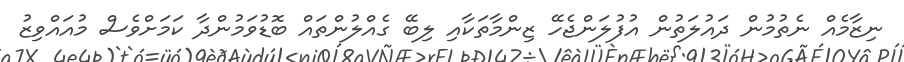
ނިޒާމެއް ނެތުމުން ދައުލަތުން އުފުލަންޖެހޭ ޒިންމާތަކާއި ލިބޭ ގެއްލުންތައް ބޮޑުވަމުންދާ ކަމަށްވެސް މުއައްވިޒު